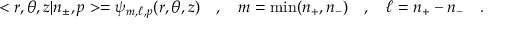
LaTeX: < r , \theta , z | n _ { \pm } , p > = \psi _ { m , \ell , p } ( r , \theta , z ) \ \ \ , \ \ \ m = \mathrm { m i n } ( n _ { + } , n _ { - } ) \ \ \ , \ \ \ \ell = n _ { + } - n _ { - } \ \ \ .